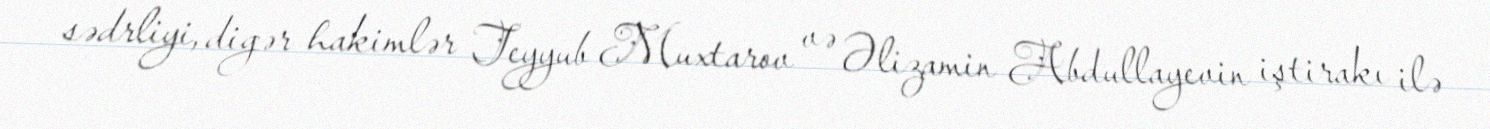
sədrliyi, digər hakimlər Teyyub Muxtarov və Əlizamin Abdullayevin iştirakı ilə